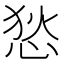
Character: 悐